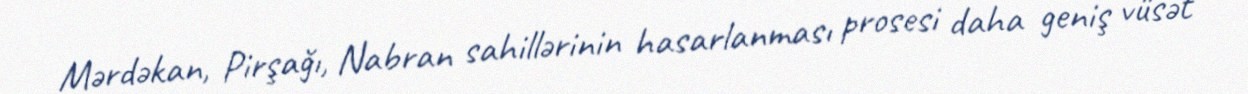
Mərdəkan, Pirşağı, Nabran sahillərinin hasarlanması prosesi daha geniş vüsət